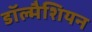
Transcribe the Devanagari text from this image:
डॉल्मैशियन